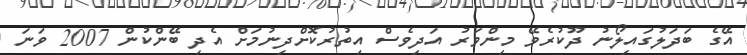
އޭގެ ބަދަލުގައިލޯނު ދޫކުރެވޭ މިންވަރު އަދިވެސް އިތުރުކޮށްދިނުމަށް އެދި ބޭންކުން 2007 ވަނަ